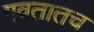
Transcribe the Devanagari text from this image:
गवतातच